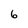
Character: 6